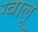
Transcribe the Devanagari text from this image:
ग्वालू